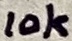
Text: 10k